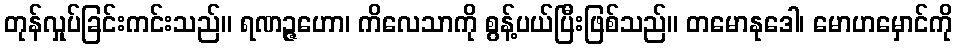
တုန်လှုပ်ခြင်းကင်းသည်။ ရဏဉ္ဇဟော၊ ကိလေသာကို စွန့်ပယ်ပြီးဖြစ်သည်။ တမောနုဒေါ၊ မောဟမှောင်ကို